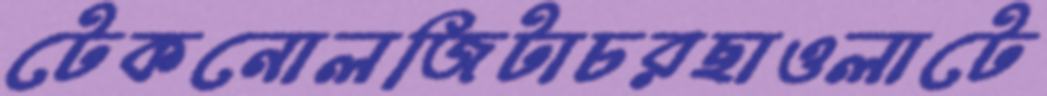
টেকনোলজিটাচরছাওলাটে